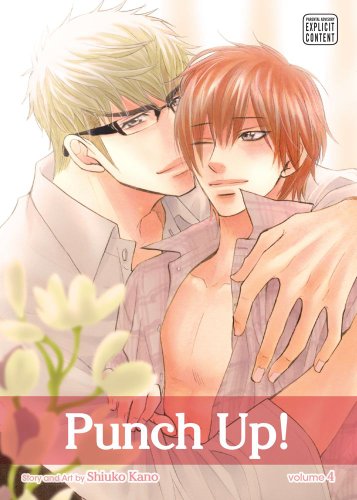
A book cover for Punch Up!, Vol. 4; Shiuko Kano; Comics & Graphic Novels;